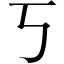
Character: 丂